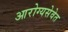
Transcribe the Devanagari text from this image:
आरोग्यसेवेत